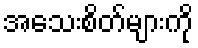
အသေးစိတ်များကို